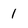
Character: 1